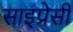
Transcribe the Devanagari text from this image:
साइप्रेसी